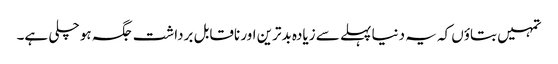
تمہیں بتاؤں کہ یہ دنیا پہلے سے زیادہ بدترین اور ناقابل برداشت جگہ ہو چلی ہے۔